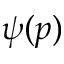
\psi ( p )